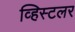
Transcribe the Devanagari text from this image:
व्हिस्टलर